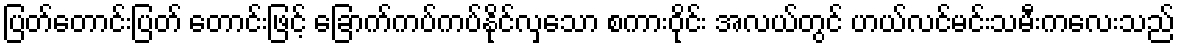
ပြတ်တောင်းပြတ် တောင်းဖြင့် ခြောက်ကပ်ကပ်နိုင်လှသော စကားဝိုင်း အလယ်တွင် ဟယ်လင်မင်းသမီးကလေးသည်